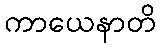
ကာယေနာတိ